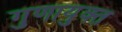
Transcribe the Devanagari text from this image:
गुणायुक्त